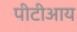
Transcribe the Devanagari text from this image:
पीटीआय